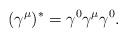
LaTeX: \begin{align*}(\gamma^\mu)^* = \gamma^0\gamma^\mu\gamma^0.\end{align*}